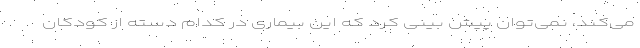
می‌کند، نمی‌توان پیش بینی کرد که این بیماری در کدام دسته از کودکان